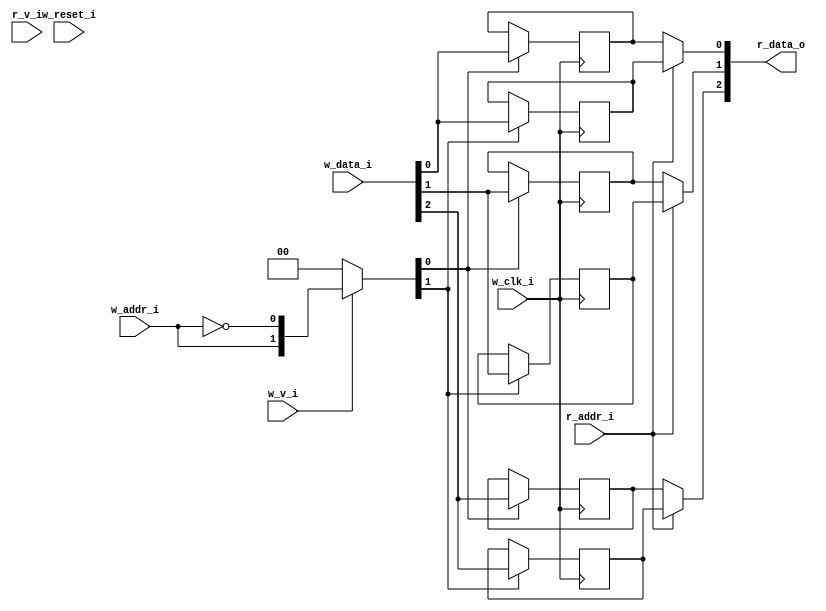
module bsg_mem_1r1w_synth_width_p3_els_p2_read_write_same_addr_p0_harden_p0
(
  w_clk_i,
  w_reset_i,
  w_v_i,
  w_addr_i,
  w_data_i,
  r_v_i,
  r_addr_i,
  r_data_o
);

  input [0:0] w_addr_i;
  input [2:0] w_data_i;
  input [0:0] r_addr_i;
  output [2:0] r_data_o;
  input w_clk_i;
  input w_reset_i;
  input w_v_i;
  input r_v_i;
  wire [2:0] r_data_o;
  wire N0,N1,N2,N3,N4,N5,N7,N8;
  wire [5:0] mem;
  reg mem_5_sv2v_reg,mem_4_sv2v_reg,mem_3_sv2v_reg,mem_2_sv2v_reg,mem_1_sv2v_reg,
  mem_0_sv2v_reg;
  assign mem[5] = mem_5_sv2v_reg;
  assign mem[4] = mem_4_sv2v_reg;
  assign mem[3] = mem_3_sv2v_reg;
  assign mem[2] = mem_2_sv2v_reg;
  assign mem[1] = mem_1_sv2v_reg;
  assign mem[0] = mem_0_sv2v_reg;
  assign r_data_o[2] = (N3)? mem[2] : 
                       (N0)? mem[5] : 1'b0;
  assign N0 = r_addr_i[0];
  assign r_data_o[1] = (N3)? mem[1] : 
                       (N0)? mem[4] : 1'b0;
  assign r_data_o[0] = (N3)? mem[0] : 
                       (N0)? mem[3] : 1'b0;

  always @(posedge w_clk_i) begin
    if(N8) begin
      mem_5_sv2v_reg <= w_data_i[2];
    end 
  end


  always @(posedge w_clk_i) begin
    if(N8) begin
      mem_4_sv2v_reg <= w_data_i[1];
    end 
  end


  always @(posedge w_clk_i) begin
    if(N8) begin
      mem_3_sv2v_reg <= w_data_i[0];
    end 
  end


  always @(posedge w_clk_i) begin
    if(N7) begin
      mem_2_sv2v_reg <= w_data_i[2];
    end 
  end


  always @(posedge w_clk_i) begin
    if(N7) begin
      mem_1_sv2v_reg <= w_data_i[1];
    end 
  end


  always @(posedge w_clk_i) begin
    if(N7) begin
      mem_0_sv2v_reg <= w_data_i[0];
    end 
  end

  assign N5 = ~w_addr_i[0];
  assign { N8, N7 } = (N1)? { w_addr_i[0:0], N5 } : 
                      (N2)? { 1'b0, 1'b0 } : 1'b0;
  assign N1 = w_v_i;
  assign N2 = N4;
  assign N3 = ~r_addr_i[0];
  assign N4 = ~w_v_i;

endmodule